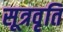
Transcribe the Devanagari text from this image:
सूत्रवृति